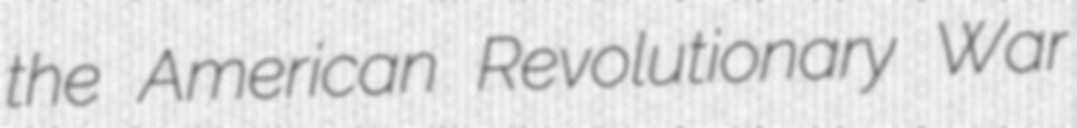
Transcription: the American Revolutionary War